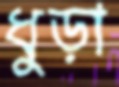
ধুড়া